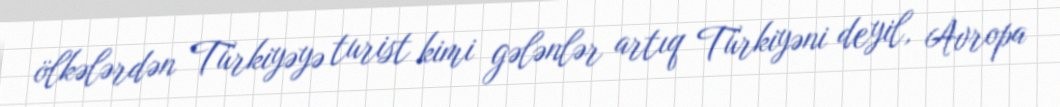
ölkələrdən Türkiyəyə turist kimi gələnlər artıq Türkiyəni deyil, Avropa